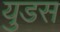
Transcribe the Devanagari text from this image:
युडस